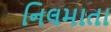
નિલમાતા